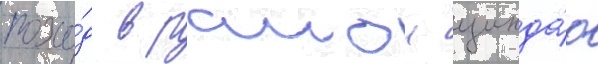
похо́д в раион цинда́о